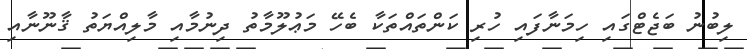
ލިބުނު ބަޖެޓްގައި ހިމަނާފައި ހުރި ކަންތައްތަކާ ބެހޭ މަޢުލޫމާތު ދިނުމާއި މާލިއްޔަތު ޤާނޫނާއި